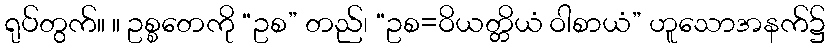
ရုပ်တွက်။ ။ ဥစ္စတေကို “ဥစ” တည်၊ “ဥစ=ဝိယတ္တိယံ ဝါစာယံ” ဟူသောအနက်၌